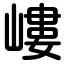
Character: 嶁